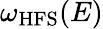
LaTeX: \omega_{\mathrm{{HFS}}}(E)